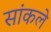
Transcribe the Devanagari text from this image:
सांकले